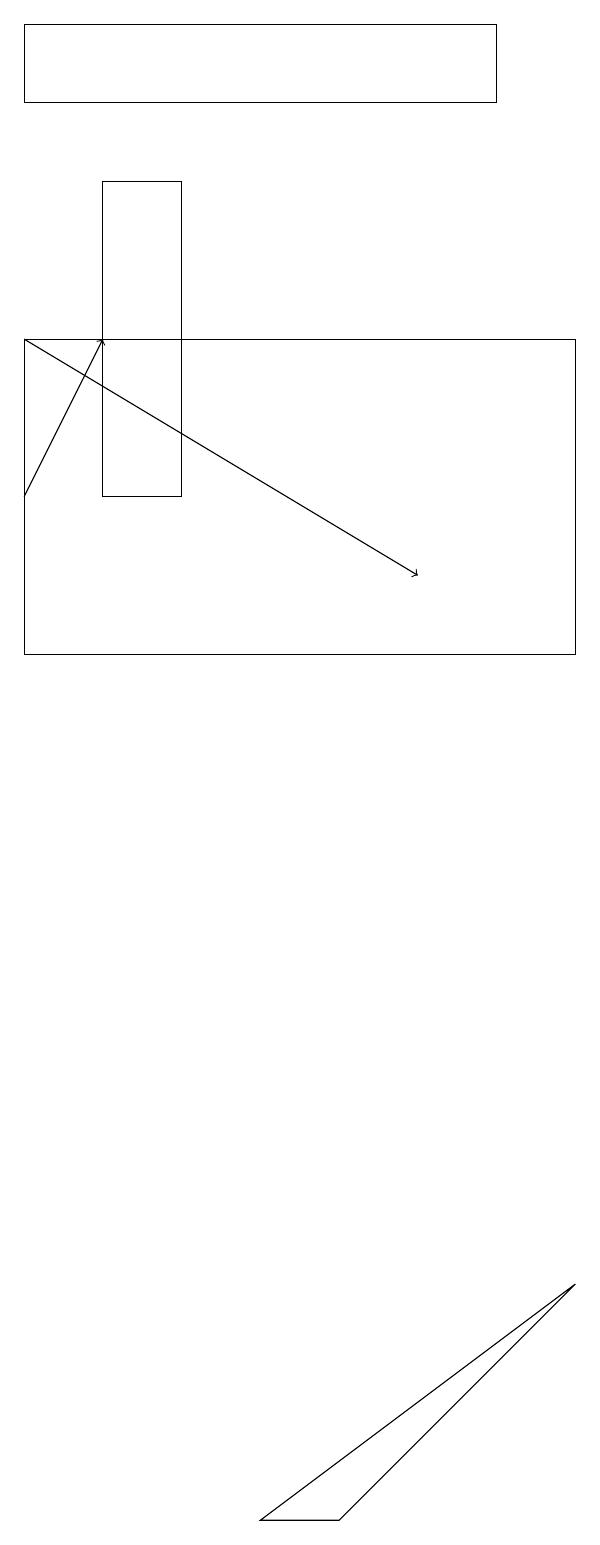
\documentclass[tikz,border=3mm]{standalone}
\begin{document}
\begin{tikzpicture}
\draw (7,15) rectangle (0,11);
\draw (2,17) rectangle (1,13);
\draw (7,3) -- (4,0) -- (3,0) -- cycle;
\draw[->] (0,13) -- (1,15);
\draw[->] (0,15) -- (5,12);
\draw (0,18) rectangle (6,19);
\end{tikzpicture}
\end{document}